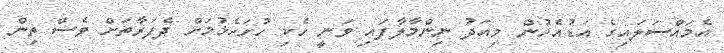
އެމައްސަލައިގެ އަޑުއެހުން މިއަދު ނިންމާލާފައި ވަނީ ހެކި ހުށަހެޅުމަށް ދެފަރާތަށް ވެސް ތިން